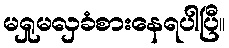
မရှုမလှခံစားနေရပါပြီ။